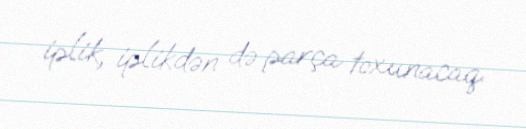
iplik, iplikdən də parça toxunacaq.